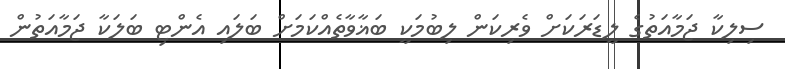
ސިލިކާ ޖަމާއަތުގެ ލީޑަރަކަށް ވެރިކަން ލިބުމަކީ ބަޣާވާތެއްކަމަށް ބަލައި އެންޓި ބަލަކާ ޖަމާއަތުން